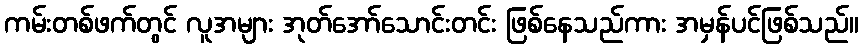
ကမ်းတစ်ဖက်တွင် လူအများ အုတ်အော်သောင်းတင်း ဖြစ်နေသည်ကား အမှန်ပင်ဖြစ်သည်။